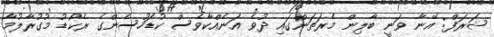
ޝަރަފް: އޭނާ ވަނީ ބާލިން މެރަތަންގައި ދުވެ އަނެއްކާވެސް ކުޑަހުސެންގެ ރެކޯޑު މުގުރާލުމާ